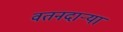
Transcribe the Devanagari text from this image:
वतनदार्‍या